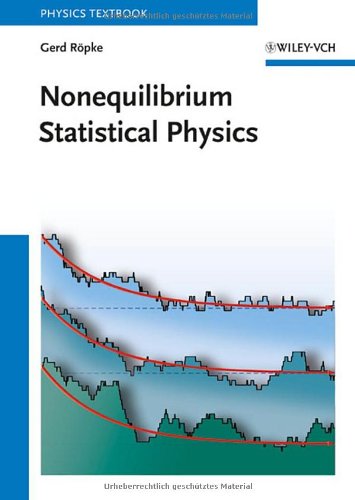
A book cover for Nonequilibrium Statistical Physics; Gerd RÃ¶pke; Science & Math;